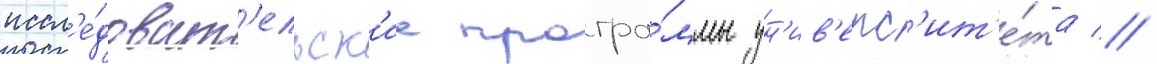
иссл'е́доват'ельск'ие програ́ммы ун'ив'ерс'ит'е́та //